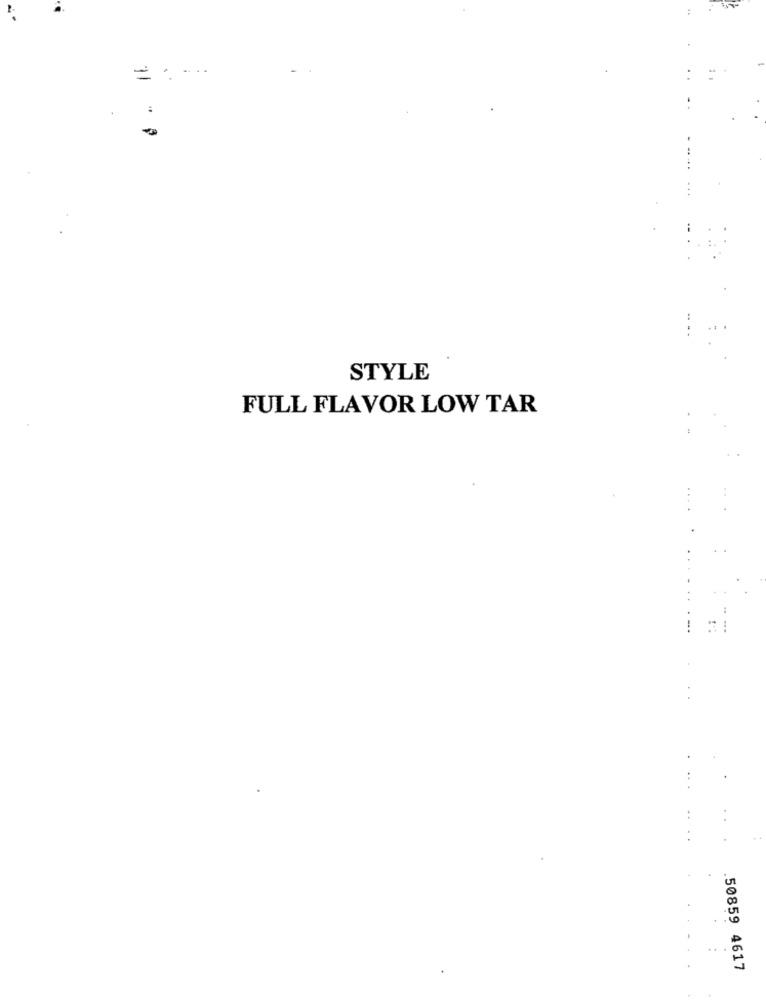
= .....
STYLE
FULL FLAVOR LOW TAR
...
.50859 4617